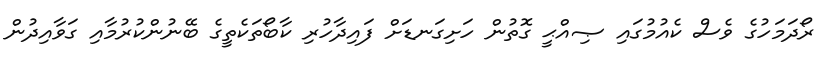
ރޯދަމަހުގެ ވެސް ކެއުމުގައި ޞިއްޙީ ގޮތުން ހަށިގަނޑަށް ފައިދާހުރި ކާބޯތަކެތީގެ ބޭނުންކުރުމާއި ގަވާއިދުން